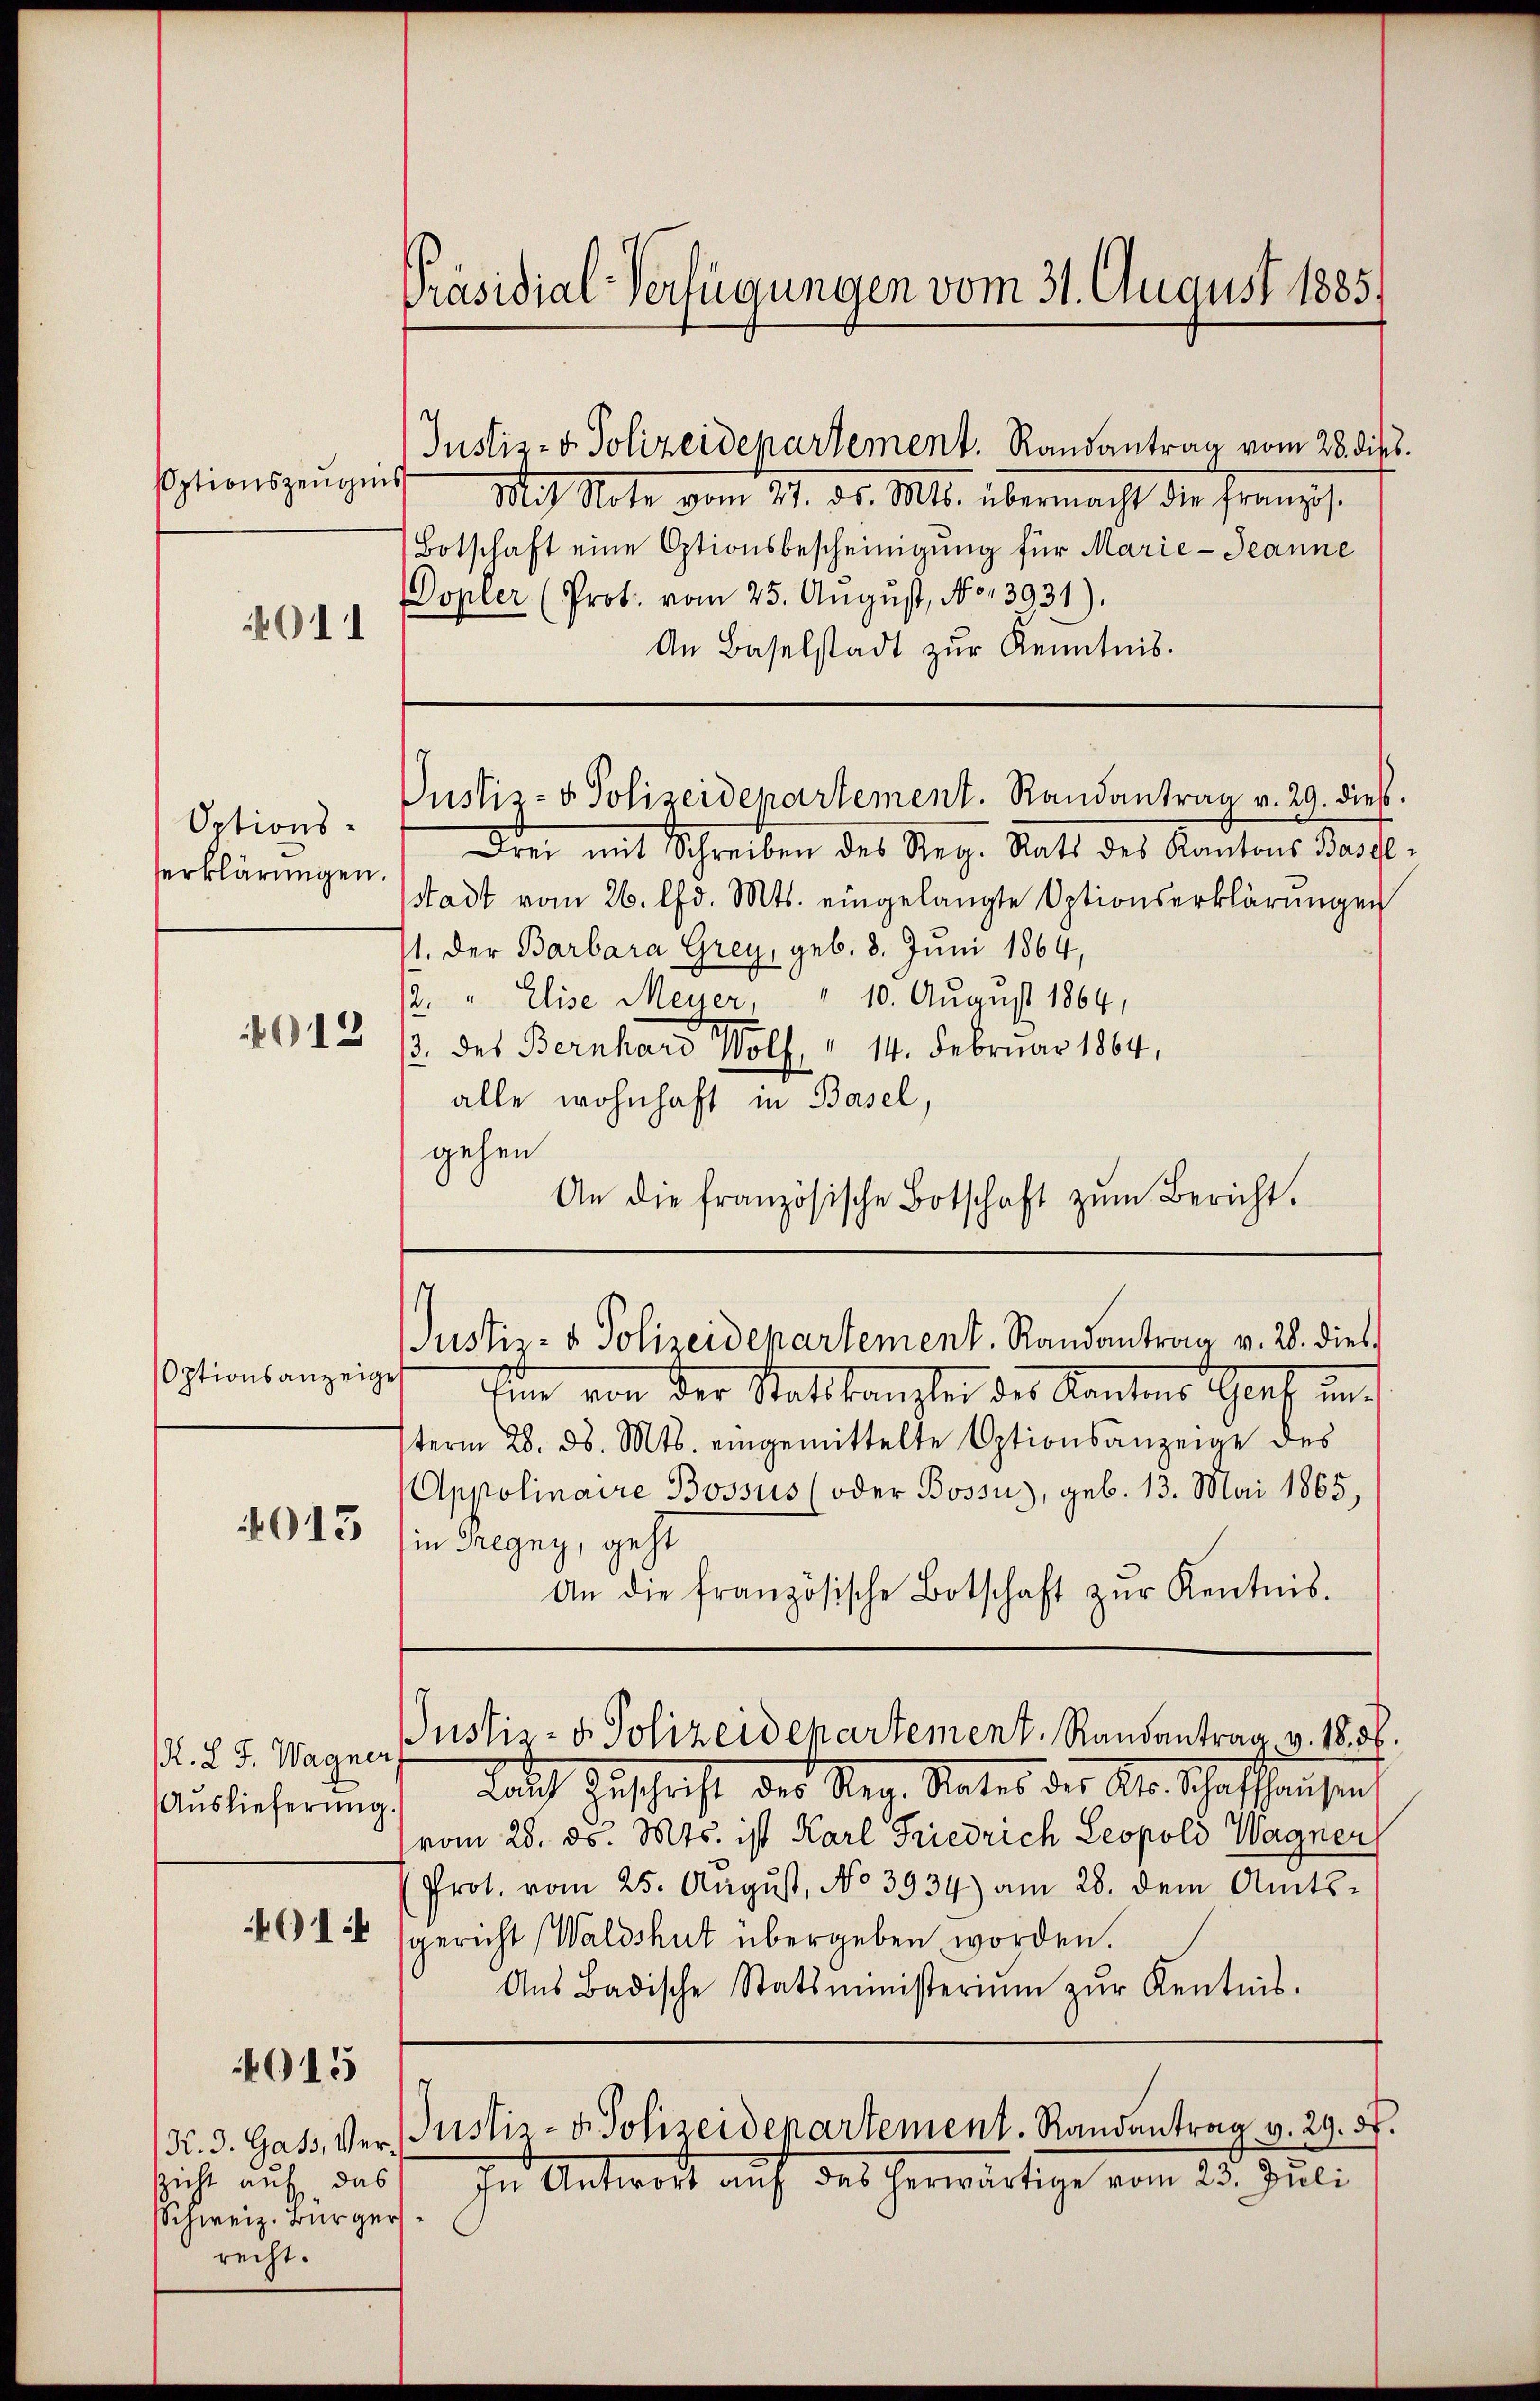
sptionszeugnis
011

Optionsserklärungen.
013

Optionsanzeige

recht.

Mit Note vom 27. ds. Mts. übermacht die französ.
Botschaft eine Optionsbescheinigung für Marie- Jeanne
Dopler (Prot. vom 25. Aŭgŭst, No 13931).
An Baselstadt zŭr Kenntnis.
Justiz- & Polizeidepartement. Randantrag v. 29. dieß.
Drei mit Schreiben des Reg. Statt des Kantons Basel-
stadt vom 26. d. Mts. eingelangte Optionserklärungen
1. Der Barbara Grey, geb. 8. Juni 1864,
2. " Elise Meyer, " 10. August 1864.
/3 des Bernhard Wolf " 14. Februar 1864,
alle wohnhaft in Basel,
gehen
An die französische Botschaft zŭm Bericht.

Präsidial-Verfügungen vom 31. August 1885.

Justiz- & Polizeidepartement. Randantrag vom 28. dies

din von der Stattkanzlei des Kantons Scharf un
sterm 28. ds. Mts. eingemittelte Optionsanzeige des
Appolinaire Bossus (oder Bossu), geb. 13. Mai 1865,
4943 in Gregny, geht
An die französische Botschaft zŭr Kentnis.
R. L. J. Wagner
dach Zuschrift des Reg. Rates der A. Schaffhausen
Auslieferung.
vom 28. ds. Mts. ist Karl Friedrich Leopold Wagner
Prot. vom 25. August, No 3934) am 28. dem Amts¬
I sgericht (Waldshut übergeben worden.
Aŭs Badische Statsministerium zŭr Kentnis.
015
K. 3. Gass, Ver- Justiz- & Polizeidepartement. Randantrag v. 29. 57.
szicht auf das
In Antwort auf das herwärtige vom 23. Juli
Schweiz. Bürger

Justiz- & Polizeidepartement. Randantrag v. 28. dies

Justiz- & Polizeidepartement. Randantrag v. 18. 8.